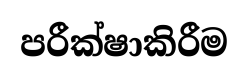
පරීක්ෂාකිරීම